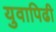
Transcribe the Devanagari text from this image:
युवापिढी